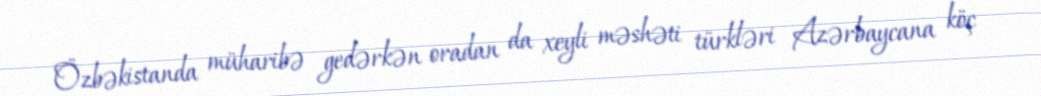
Özbəkistanda müharibə gedərkən oradan da xeyli məshəti türkləri Azərbaycana köç